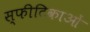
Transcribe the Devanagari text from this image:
स्फीटिकाओं